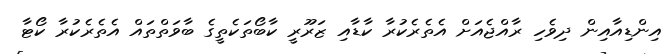
އިންޑިއާއިން ދިވެހި ރާއްޖެއަށް އެތެރެކުރާ ކާޑާއި ޒަރޫރީ ކާބޯތަކެތީގެ ބާވަތްތައް އެތެރެކުރާ ކޯޓާ